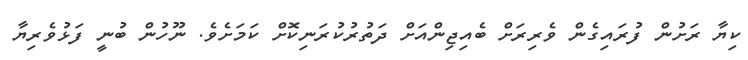
ކިޔާ ރަށުން ފުރައިގެން ވެރިރަށް ބެއިޖިންއަށް ދަތުރުކުރަނިކޮށް ކަމަށެވެ. ނޫހުން ބުނީ ފަޅުވެރިޔާ